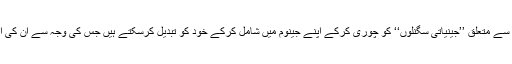
ان کا مفروضہ بھی یہی تھا کہ آر این اے وائرس اسی درمیانی کڑی سے متعلق ’’جینیاتی سگنلوں‘‘ کو چوری کرکے اپنے جینوم میں شامل کرکے خود کو تبدیل کرسکتے ہیں جس کی وجہ سے ان کی اگلی نسل انسانوں کےلیے اور بھی زیادہ خطرناک ثابت ہوسکتی ہے۔